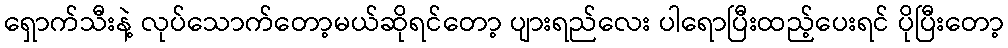
ရှောက်သီးနဲ့ လုပ်သောက်တော့မယ်ဆိုရင်တော့ ပျားရည်လေး ပါရောပြီးထည့်ပေးရင် ပိုပြီးတော့